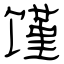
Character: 馑